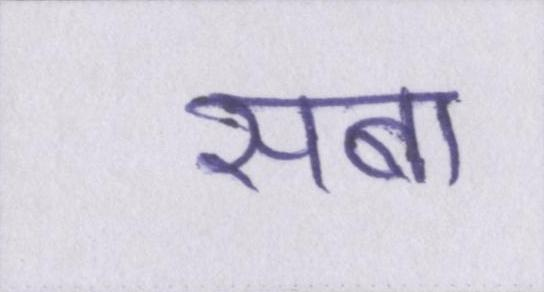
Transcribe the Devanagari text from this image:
सबा